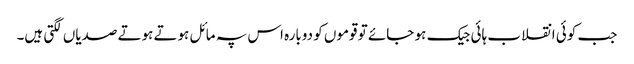
جب کوئی انقلاب ہائی جیک ہو جائے تو قوموں کو دوبارہ اس پہ مائل ہوتے ہوتے صدیاں لگتی ہیں۔